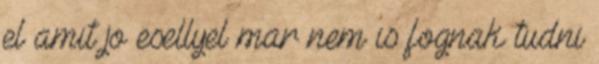
el amit jo esellyel mar nem is fognak tudni